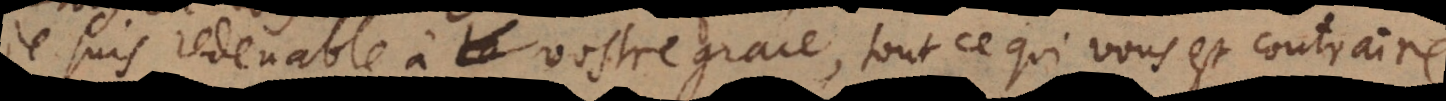
e suis redevable à vostre grace, tout ce qui vous est contraire.